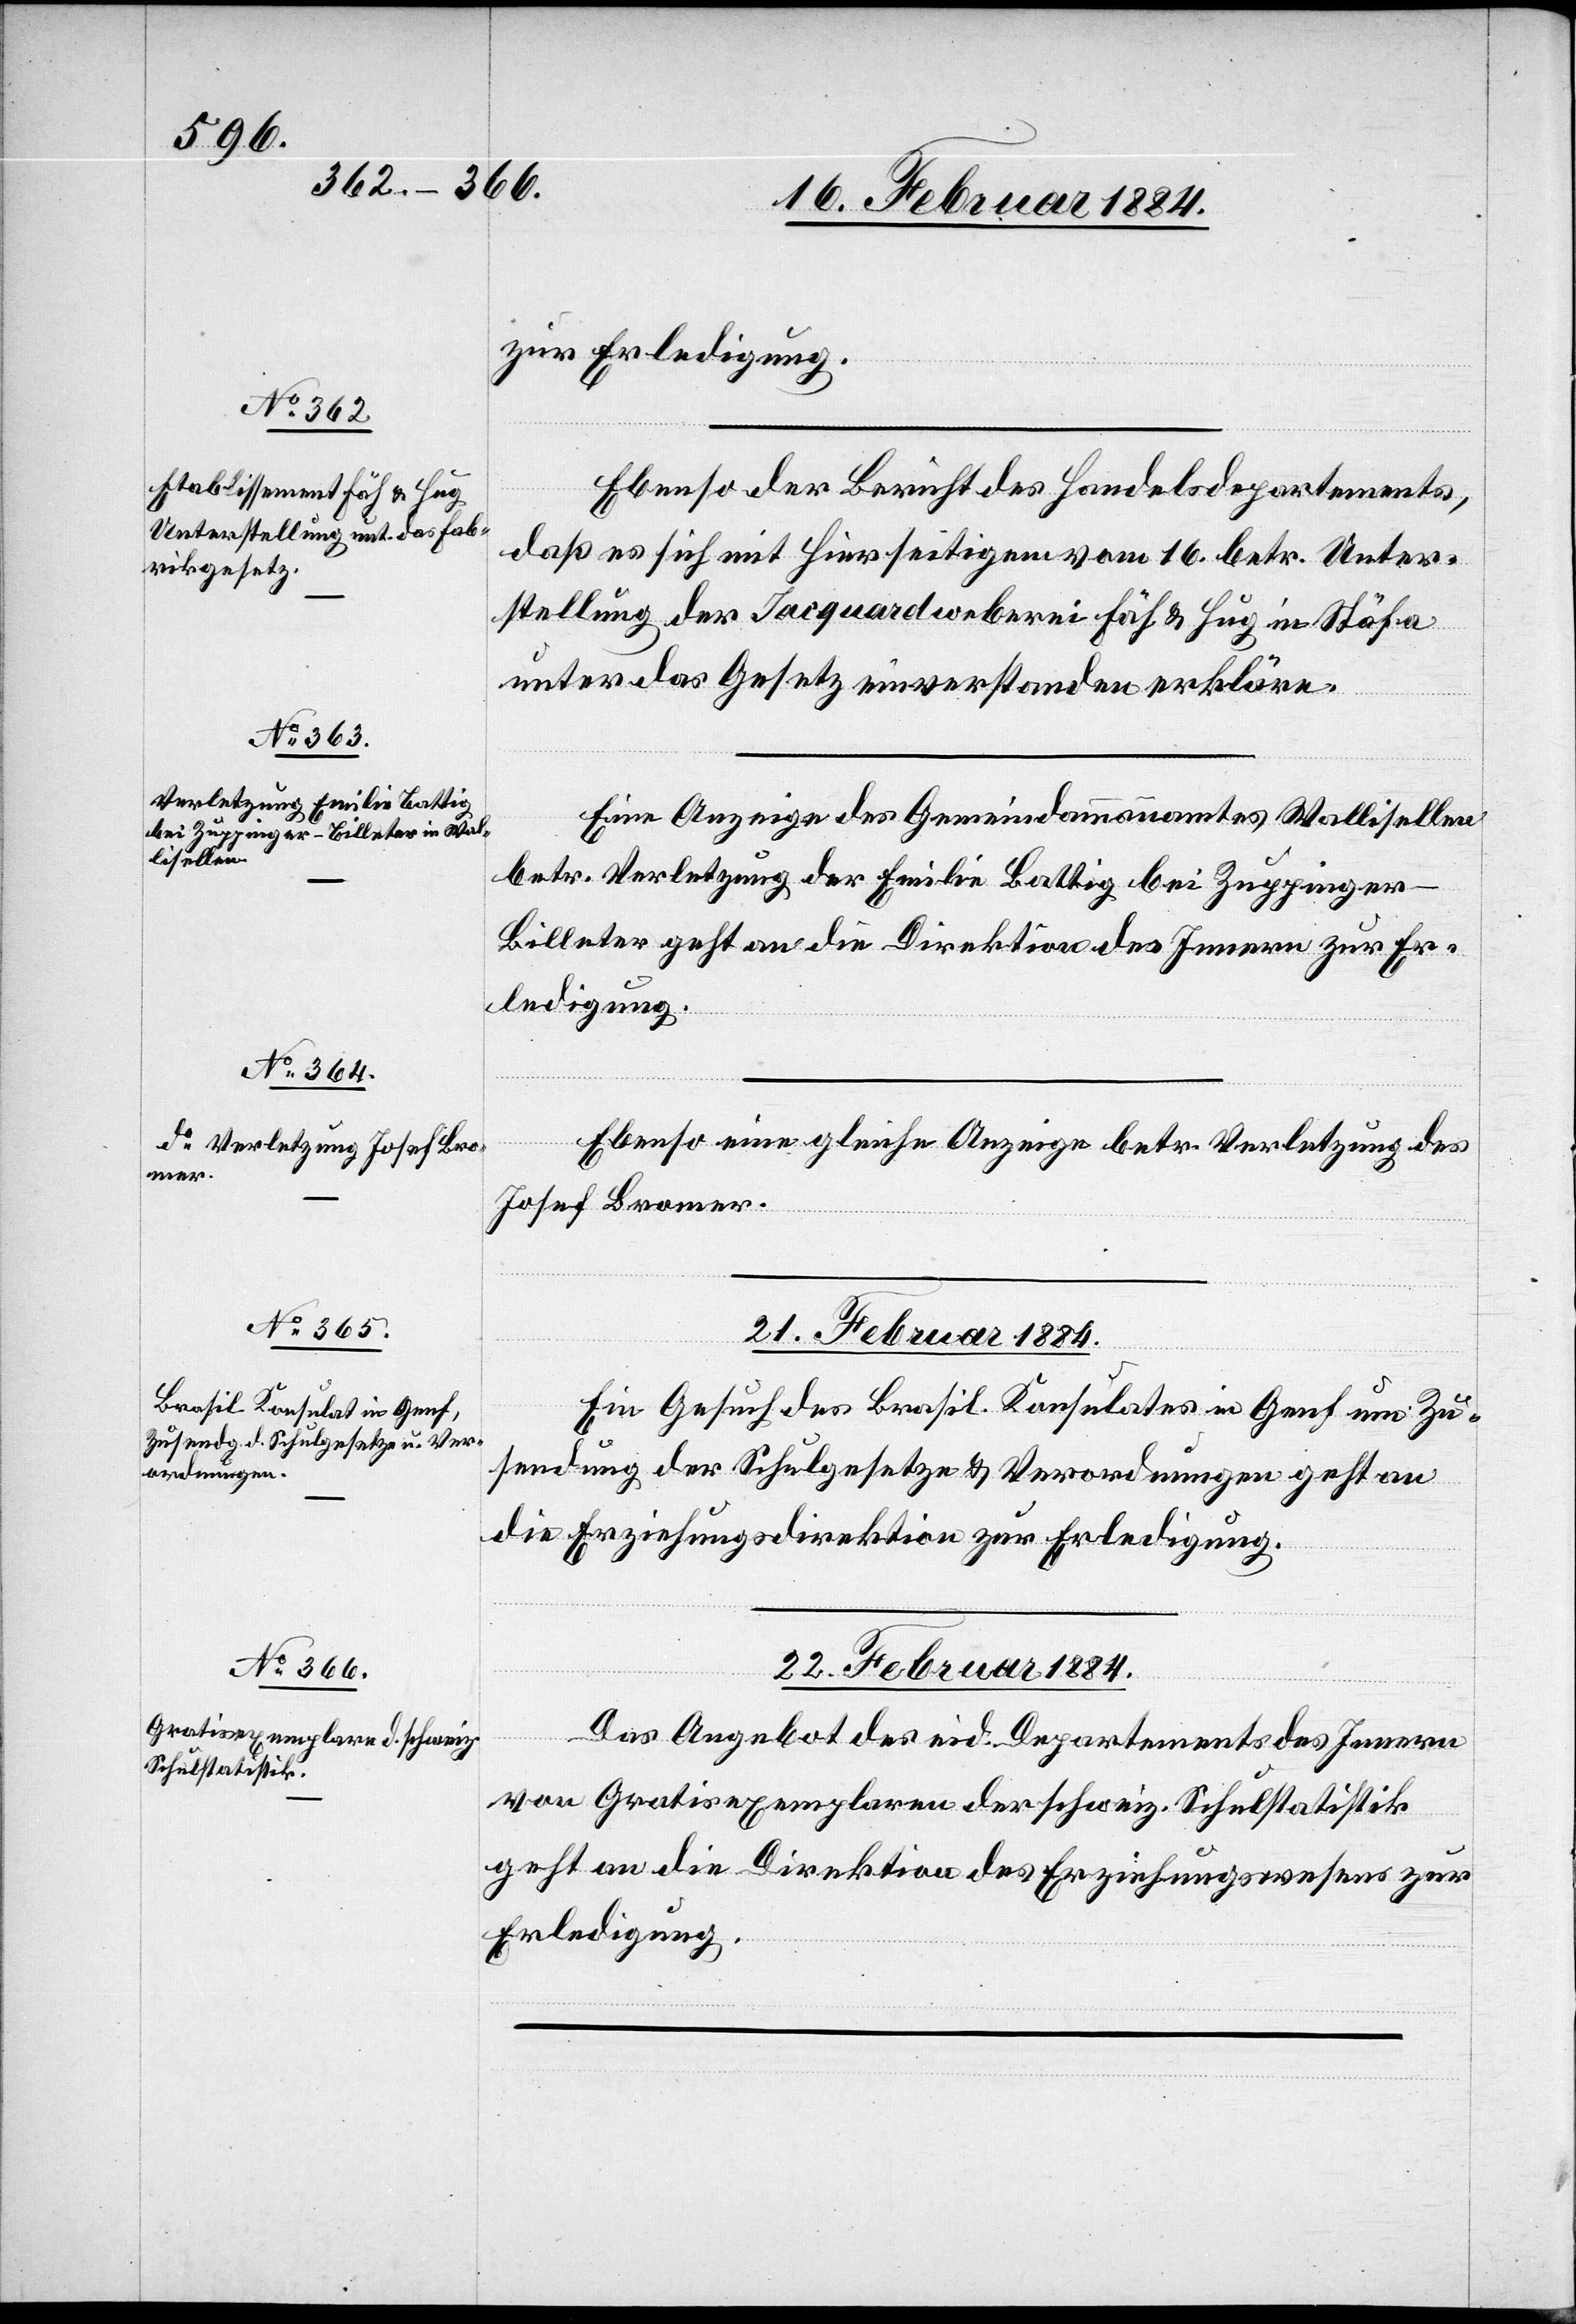
zur Erledigung.
Ebenso der Bericht des Handelsdepartement,
daß es sich mit hierseitigem vom 16. betr. Unter¬
stellung der Jacquardweberei Fäh & Hug in Stäfa
unter das Gesetz einverstanden erkläre.
Eine Anzeige des Gemeindeammannamtes Wallisellen
setzung
betr. Verletzung der Emilie Battig bei Zuppinge¬
r-Billeter geht an die Direktion des Innern zur Er¬
ledigung.
Ebenso eine gleiche Anzeige betr. Verletzung des
Josef Bromer.
21. Februar 1884.
Ein Gesuch des Brasil. Konsulates in Genf um Zu¬
sendung der Schulgesetze & Verordnungen geht an
die Erziehungsdirektion zur Erledigung.
22. Februar 1884.
Das Angebot des eid. Departements des Innern
von Gratisexemplaren der schweiz. Schulstatistik
geht an die Direktion des Erziehungswesens zur
Erledigung.